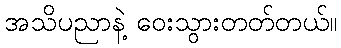
အသိပညာနဲ့ ဝေးသွားတတ်တယ်။